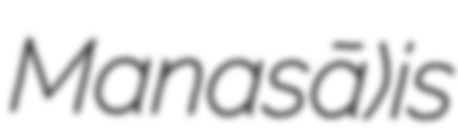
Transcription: Manasā) is